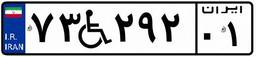
۲۱W۵۵۴۱۴